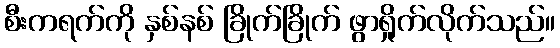
စီးကရက်ကို နှစ်နစ် ခြိုက်ခြိုက် ဖွာရှိုက်လိုက်သည်။